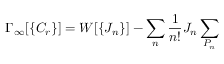
\Gamma _ { \infty } [ \{ C _ { r } \} ] = W [ \{ J _ { n } \} ] - \sum _ { n } { \frac { 1 } { n ! } } J _ { n } \sum _ { P _ { n } }